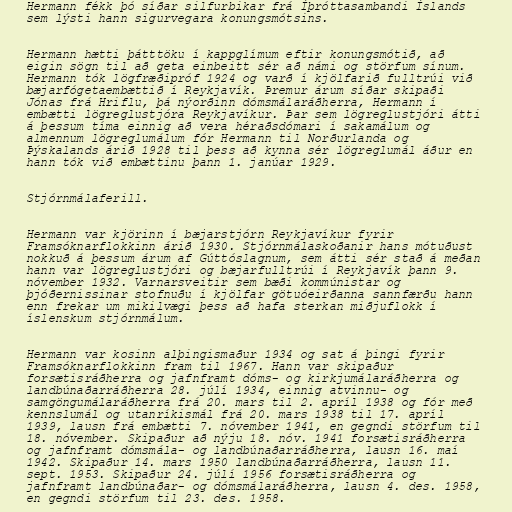
Hermann fékk þó síðar silfurbikar frá Íþróttasambandi Íslands
sem lýsti hann sigurvegara konungsmótsins.

Hermann hætti þátttöku í kappglímum eftir konungsmótið, að
eigin sögn til að geta einbeitt sér að námi og störfum sínum.
Hermann tók lögfræðipróf 1924 og varð í kjölfarið fulltrúi við
bæjarfógetaembættið í Reykjavík. Þremur árum síðar skipaði
Jónas frá Hriflu, þá nýorðinn dómsmálaráðherra, Hermann í
embætti lögreglustjóra Reykjavíkur. Þar sem lögreglustjóri átti
á þessum tíma einnig að vera héraðsdómari í sakamálum og
almennum lögreglumálum fór Hermann til Norðurlanda og
Þýskalands árið 1928 til þess að kynna sér lögreglumál áður en
hann tók við embættinu þann 1. janúar 1929.

Stjórnmálaferill.

Hermann var kjörinn í bæjarstjórn Reykjavíkur fyrir
Framsóknarflokkinn árið 1930. Stjórnmálaskoðanir hans mótuðust
nokkuð á þessum árum af Gúttóslagnum, sem átti sér stað á meðan
hann var lögreglustjóri og bæjarfulltrúi í Reykjavík þann 9.
nóvember 1932. Varnarsveitir sem bæði kommúnistar og
þjóðernissinar stofnuðu í kjölfar götuóeirðanna sannfærðu hann
enn frekar um mikilvægi þess að hafa sterkan miðjuflokk í
íslenskum stjórnmálum.

Hermann var kosinn alþingismaður 1934 og sat á þingi fyrir
Framsóknarflokkinn fram til 1967. Hann var skipaður
forsætisráðherra og jafnframt dóms- og kirkjumálaráðherra og
landbúnaðarráðherra 28. júlí 1934, einnig atvinnu- og
samgöngumálaráðherra frá 20. mars til 2. apríl 1938 og fór með
kennslumál og utanríkismál frá 20. mars 1938 til 17. apríl
1939, lausn frá embætti 7. nóvember 1941, en gegndi störfum til
18. nóvember. Skipaður að nýju 18. nóv. 1941 forsætisráðherra
og jafnframt dómsmála- og landbúnaðarráðherra, lausn 16. maí
1942. Skipaður 14. mars 1950 landbúnaðarráðherra, lausn 11.
sept. 1953. Skipaður 24. júlí 1956 forsætisráðherra og
jafnframt landbúnaðar- og dómsmálaráðherra, lausn 4. des. 1958,
en gegndi störfum til 23. des. 1958.